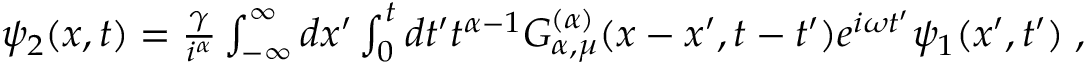
\begin{array} { r } { \psi _ { 2 } ( x , t ) = \frac { \gamma } { i ^ { \alpha } } \int _ { - \infty } ^ { \infty } d x ^ { \prime } \int _ { 0 } ^ { t } d t ^ { \prime } t ^ { \alpha - 1 } { \cal { G } } _ { \alpha , \mu } ^ { ( \alpha ) } ( x - x ^ { \prime } , t - t ^ { \prime } ) e ^ { i \omega t ^ { \prime } } \psi _ { 1 } ( x ^ { \prime } , t ^ { \prime } ) \; , } \end{array}